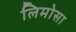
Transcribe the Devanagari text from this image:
लिमोसा